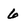
Character: 6